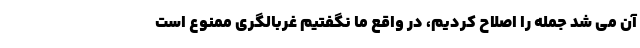
آن می شد جمله را اصلاح کردیم، در واقع ما نگفتیم غربالگری ممنوع است